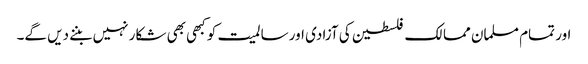
اور تمام مسلمان ممالک فلسطین کی آزادی اور سالمیت کو کبھی بھی شکار نہیں بننے دیں گے۔